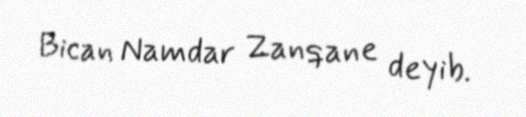
Bican Namdar Zanqane deyib.